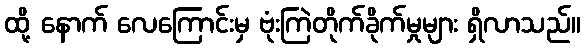
ထို့ နောက် လေကြောင်းမှ ဗုံးကြဲတိုက်ခိုက်မှုများ ရှိလာသည်။